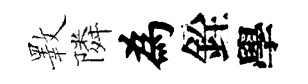
斁隣為銓學